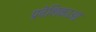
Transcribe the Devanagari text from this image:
प्रवेशिकाओं